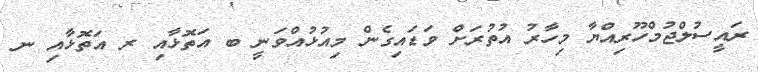
ރައީސުލްޖުމްހޫރިއްޔާ މިހާރު އުތުރަށް ވަޑައިގެން މިއުޅުއްވަނީ ބ އަތޮޅާއި ރ އަތޮޅާއި ނ